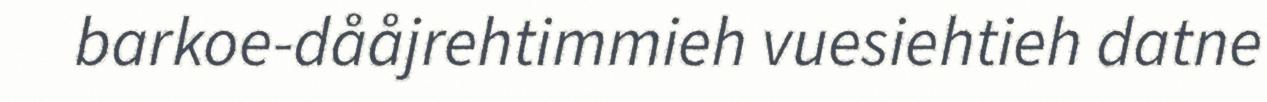
barkoe-dååjrehtimmieh vuesiehtieh datne